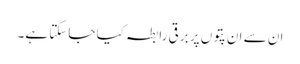
ان سے ان پتوں پر برقی رابطہ کیا جاسکتا ہے۔